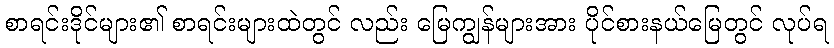
စာရင်းဒိုင်များ၏ စာရင်းများထဲတွင် လည်း မြေကျွန်များအား ပိုင်စားနယ်မြေတွင် လုပ်ရ